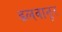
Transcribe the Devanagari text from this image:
डलवानूर